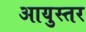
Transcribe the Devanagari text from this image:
आयुस्तर